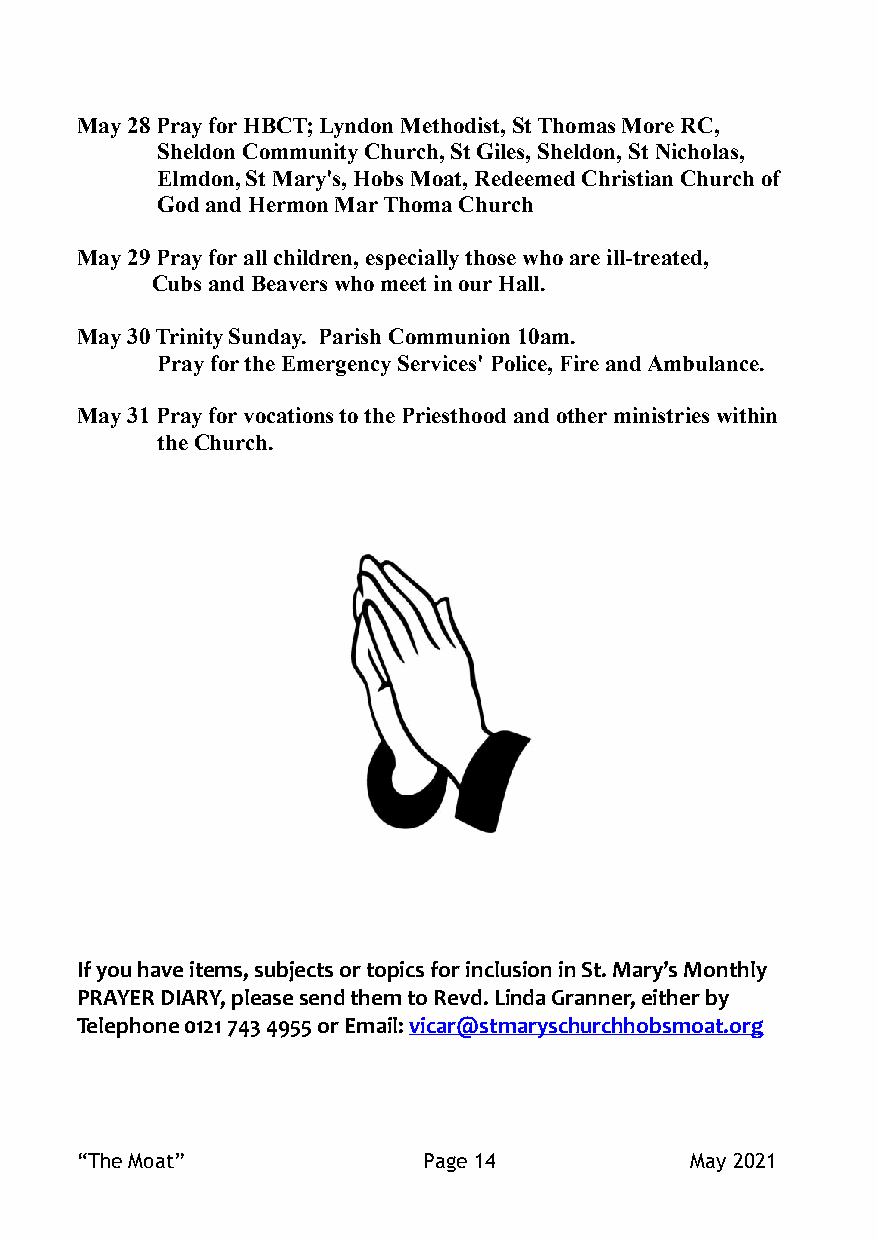
May 28 Pray for HBCT; Lyndon Methodist, St Thomas More RC,
 Sheldon Community Church, St Giles, Sheldon, St Nicholas,
 Elmdon, St Mary's, Hobs Moat, Redeemed Christian Church of
 God and Hermon Mar Thoma Church
 May 29 Pray for all children, especially those who are ill-treated,
 Cubs and Beavers who meet in our Hall.
 May 30 Trinity Sunday. Parish Communion 10am.
 Pray for the Emergency Services' Police, Fire and Ambulance.
 May 31 Pray for vocations to the Priesthood and other ministries within
 the Church.
 If you have items, subjects or topics for inclusion in St. Mary’s Monthly
 PRAYER DIARY, please send them to Revd. Linda Granner, either by
 Telephone 0121 743 4955 or Email: vicar@stmaryschurchhobsmoat.org
 “The Moat”             Page 14           May 2021